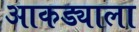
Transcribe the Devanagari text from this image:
आकड्याला